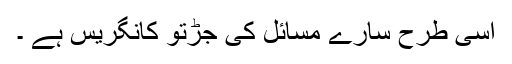
اسی طرح سارے مسائل کی جڑتو کانگریس ہے ۔